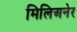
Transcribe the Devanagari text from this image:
मिलिअनेर